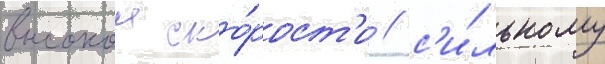
высокои ско́рост'и / с'и́льному